Report of the Indian Hemp Drugs Commission, 1894-1895 - Volume V
Year: 1894
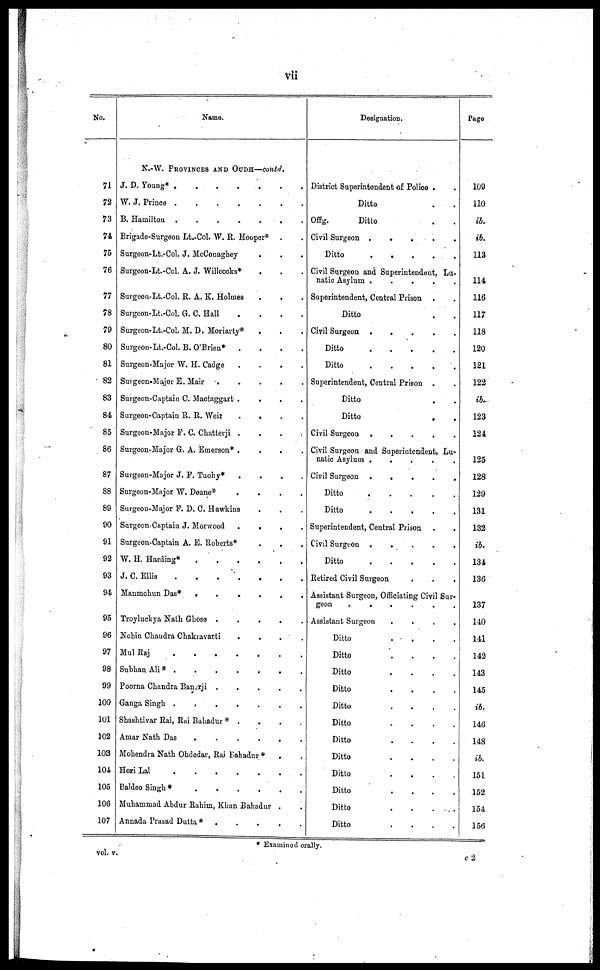
vii
No.
71
72
73
74
75
76
77
78
79
80
81
82
83
84
85
86
87
88
89
90
91
92
93
94
95
96
97
98
99
100
101
102
103
104
105
106
107
Name.
N.-W. PROVINCES AND OUDH—contd.
J. D. Young*
.
.
.
.
.
.
W. J. Prince
.
.
.
.
.
.
B. Hamilton
.
.
.
.
.
.
Brigade-Surgeon Lt.-Col. W. R. Hooper* . .
Surgeon-Lt.-Col. J. McConaghey . . .
Surgeon-Lt.-Col. A. J. Willcocks* . . .
Surgeon-Lt.-Col. R. A. K. Holmes . . .
Surgeon-Lt.-Col. G. C. Hall
.
.
.
.
Surgeon-Lt.-Col. M. D. Moriarty* . . .
Surgeon-Lt.-Col. B. O'Brien* . . . .
Surgeon-Major W. H. Cadge
.
.
.
.
Surgeon-Major E. Mair .
.
.
.
.
Surgeon-Captain C. Mactaggart .
.
.
.
Surgeon-Captain R. R. Weir .
.
.
.
Surgeon-Major P. C. Chatterji .
.
.
.
Surgeon-Major G. A. Emerson* .
.
.
.
Surgeon-Major J. F. Tuohy*
.
.
.
.
Surgeon-Major W. Doane*
.
.
.
.
Surgeon-Major F. D. C. Hawkins . . .
Surgeon-Captain J. Morwood .
.
.
.
Surgeon-Captain A. E. Roberts*
W. H. Harding*
.
.
.
.
.
.
J. C. Ellis
.
.
.
.
.
.
Hanmohun Das*
.
.
.
.
.
.
Troyluckya Natk Ghose . . . . . .
Nobin Chaudra Chakravarti . . . .
Mul Raj
.
.
.
.
.
.
Subhan Ali * .
.
.
. . .
Poorna Chandra Banerji .
.
.
.
.
Ganga Singh
.
.
.
.
.
.
Shashtivar Rai, Rai Bahadur * . . . .
Amar Nath Das
.
.
.
.
.
.
Mohendra Nath Ohdedar, Rai Bahadur *
Hori Lal .
.
.
.
.
.
.
Baldeo Singh *
.
.
.
.
.
.
Muhammad Abdur Rahim, Khan Bahadur . .
Annada Prasad Dutta* .
.
.
.
.
Designation.
District Superintendent of Police . .
Ditto . .
Offg.
Ditto . .
Civil Surgeon .
.
.
.
.
Ditto
.
.
.
.
.
.
Civil Surgeon and Superintendent, Lu-
natic Asylum .
.
.
.
.
Superintendent, Central Prison . .
Ditto . .
Civil Surgeon .
.
.
.
.
Ditto
.
.
.
.
.
.
Ditto
.
.
.
.
.
.
Superintendent, Central Prison . .
Ditto . .
Ditto . .
Civil Surgeon .
.
.
.
.
Civil Surgeon and Superintendent, Lu-
natic Asylum .
.
.
.
.
Civil Surgeon .
.
.
.
.
Ditto
.
.
.
.
.
.
Ditto
.
.
.
.
.
.
Superintendent, Contral Prison . .
Civil Surgeon .
.
.
.
.
Ditto
.
.
.
.
.
.
Retired Civil Surgeon
Assistant Surgeon, Officiating Civil Sur-
geon
.
.
.
.
.
.
Assistant Surgeon
.
.
.
.
Ditto
.
.
.
.
Ditto
.
.
.
.
Ditto
.
.
.
.
Ditto . . . . . .
Ditto . . . . . .
Ditto
.
.
.
.
Ditto . . . . . .
Ditto
.
.
.
.
Ditto . . . . . .
Ditto . . . . . .
Ditto . . . . . .
Ditto . . . . . .
Page
109
110
ib.
ib.
113
114
116
117
118
120
121
122
ib.
123
124
125
128
129
131
132
ib.
134
136
137
140
141
142
143
145
ib.
146
148
ib.
151
152
154
156
* Examined orally.
vol. v.
c
2